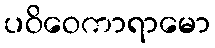
ပဝိဝေကာရာမော